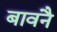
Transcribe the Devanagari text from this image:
बावनै